Civil Veterinary Department Bihar & Orissa reports 1922-29 - 1922-1929
Year: 1922
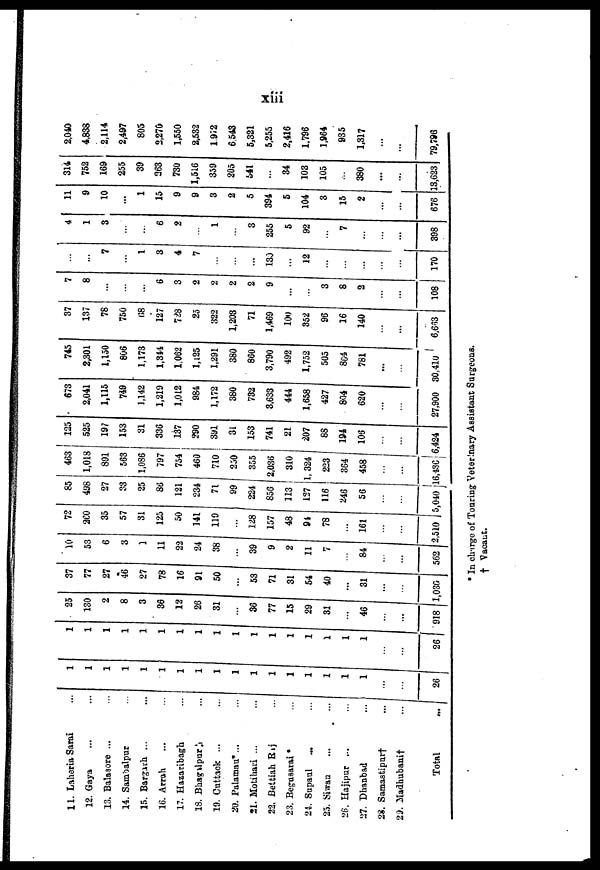
11. Laheria Sarai ...
12. Gaya ... ...
13. Balasore ... ...
14. Sambalpur ... ...
15. Bargarh ... ...
16. Arrah ... ...
17. Hazaribagh ...
13. Bhagalpur ... .
19. Cuttack ...
...
20. Palamau ... ...
21. Motihari ...
...
22. Beltiah Raj
...
23. Begusarai ...
24. Supaul ... ...
25. Siwan ... ...
26. Hajipur ... ...
27. Dhanbad ...
23. Samastipur † ...
23. Madhubani † ...
Total
...
1
1
1
1
1
1
1
1
1
1
1
1
1
1
1
1
1
...
...
26
1
1
1
1
1
1
1
1
1
1
1
1
1
1
1
1
1
...
...
26
25
130
2
8
3
36
12
26
31
. . .
36
77
15
29
31
...
46
...
...
918
37
77
27
46
27
78
16
91
50
...
53
71
31
54
40
...
31
...
...
1,030
10
53
6
3
1
11
22
24
38
. . .
39
9
2
11
78
...
84
...
...
562
72
260
35
57
31
125
50
141
119
...
128
157
48
94
78
161
2,510
85
498
27
33
25
86
121
234
71
99
224
856
113
127
116
246
56
5,040
463
1,018
891
563
1,086
797
754
460
710
250
355
2,036
310
1,324
223
364
458
...
16,436
125
525
197
153
31
336
137
290
391
31
153
741
21
207
88
191
106
...
...
6,424
673
2,041
1,115
749
1,142
1,219
1,012
984
1,172
380
732
3,633
444
1,658
427
804
620
...
...
27,900
745
2,301
1,150
806
1,173
1,344
1,062
1,125
1,291
380
860
3,790
492
1,752
505
884
781
...
...
30,410
37
137
78
750
68
127
728
25
322
1,203
71
1,469
100
352
96
16
140
...
...
6,663
7
8
...
...
...
6
3
2
2
2
2
9
...
3
8
2
...
...
108
...
...
7
...
1
3
4
7
...
...
...
130
...
12
...
...
...
4
1
3
...
...
6
2
...
1
...
3
255
5
92
...
7
...
... ...
...
170
...
398
11
9
10
1
15
9
9
3
2
5
394
5
104
3
15
2
...
...
676
314
752
169
255
39
263
730
1,516
359
205
541
...
34
103
105
...
380
...
...
13,623
2,040
4,838
2,114
2,497
805
2,270
1,550
2,532
1,972
6,543
5,321
5,255
2,416
1,796
1,964
935
1,317
...
...
79,796
* In charge of Touring Veterinary Assistant Surgeons.
† Vacant.